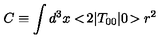
C \equiv \int d ^ { 3 } x < \! 2 | T _ { 0 0 } | 0 \! > r ^ { 2 }